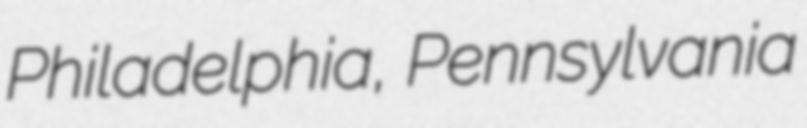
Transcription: Philadelphia, Pennsylvania